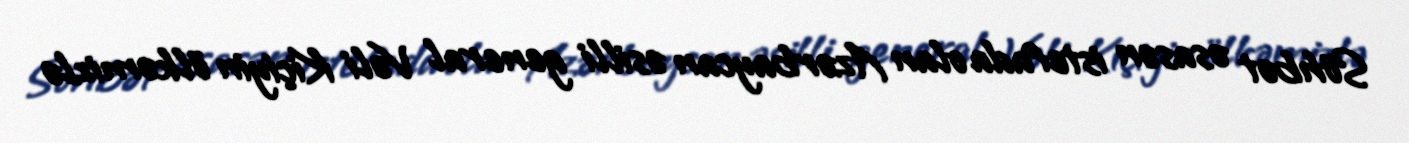
Söhbət əsasən istefada olan Azərbaycan əsilli general Vəli Kiçiyin ölkəmizlə